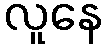
လူနေ